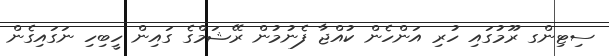
ސިޓިންގ ރޫމުގައި ހުރި އަންހެން ކުއްޖާ ފެނުމުން ރޭޝަމްގެ ގައިން ހީބިހި ނަގައިގެން